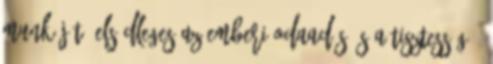
munkáját. Elsôdleges az emberi odaadás és a tisztesség .